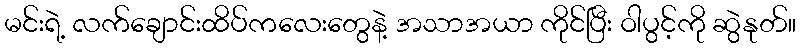
မင်းရဲ့ လက်ချောင်းထိပ်ကလေးတွေနဲ့ အသာအယာ ကိုင်ပြီး ဝါပွင့်ကို ဆွဲနုတ်။